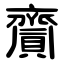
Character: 齎